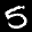
Label: 5